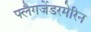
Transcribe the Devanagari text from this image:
फ्लैगजेंडरमेरिन